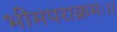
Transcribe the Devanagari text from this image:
भीमपराक्रमः।।